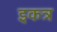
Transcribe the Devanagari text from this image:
इकत्र